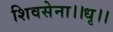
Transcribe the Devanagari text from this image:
शिवसेना।।धृ।।